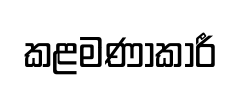
කළමණාකාරී